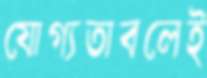
যোগ্যতাবলেই